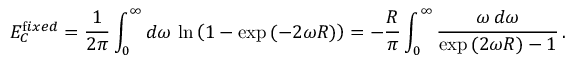
E _ { C } ^ { { \mathrm { f } i x e d } } = \frac { 1 } { 2 \pi } \int _ { 0 } ^ { \infty } d \omega \, \ln \left( 1 - \exp { ( - 2 \omega R ) } \right) = - \frac { R } { \pi } \int _ { 0 } ^ { \infty } \frac { \omega \, d \omega } { \exp { ( 2 \omega R ) } - 1 } \, { . }